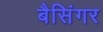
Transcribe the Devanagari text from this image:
बैसिंगर